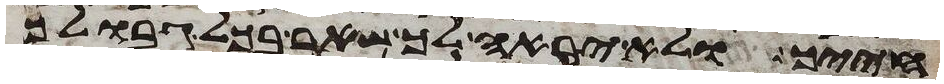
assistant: חייך ולא יראה לך שאר בכל גבולך